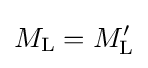
M_{\text{L}}=M_{\text{L}}^{\prime }